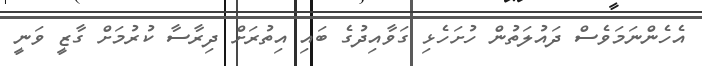
އެހެންނަމަވެސް ދައުލަތުން ހުށަހެޅި ގަވާއިދުގެ ބައި އިތުރަށް ދިރާސާ ކުރުމަށް ގާޒީ ވަނީ